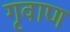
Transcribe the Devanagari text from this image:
गृवाण